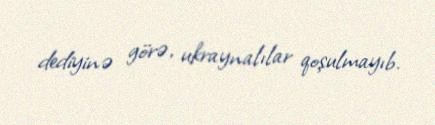
dediyinə görə, ukraynalılar qoşulmayıb.